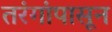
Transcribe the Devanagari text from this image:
तरंगांपासून